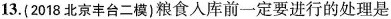
13. (2018北京丰台二模) 粮食人库前一定要进行的处理是